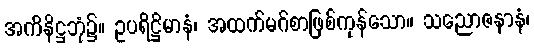
အကိနိဋ္ဌဘုံ၌။ ဥပရိဋ္ဌိမာနံ၊ အထက်မဂ်စာဖြစ်ကုန်သော။ သညောဇနာနံ၊